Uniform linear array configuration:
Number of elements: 24
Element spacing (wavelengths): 0.25
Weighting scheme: exponential
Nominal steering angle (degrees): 15
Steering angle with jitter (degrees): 14.293
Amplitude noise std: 0.05
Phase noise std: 0.05

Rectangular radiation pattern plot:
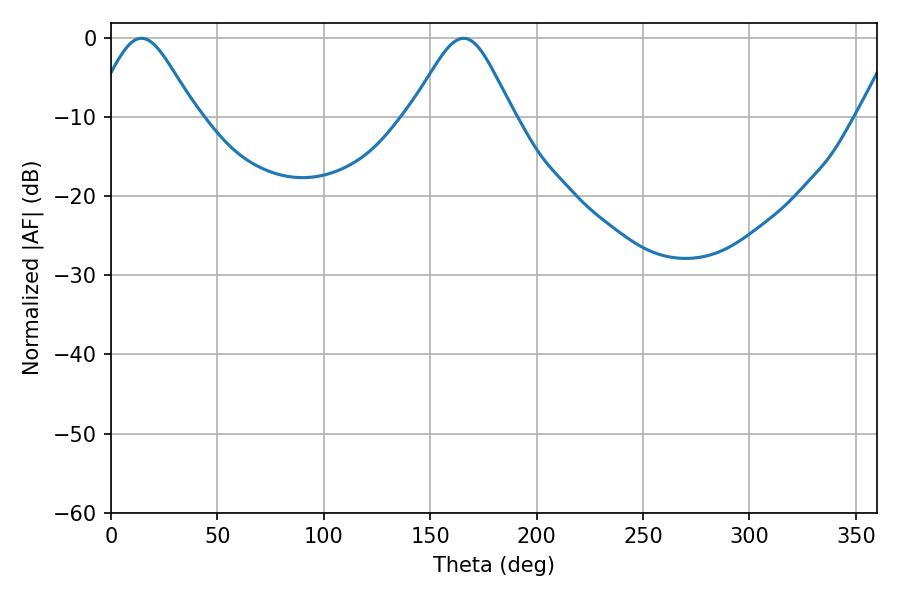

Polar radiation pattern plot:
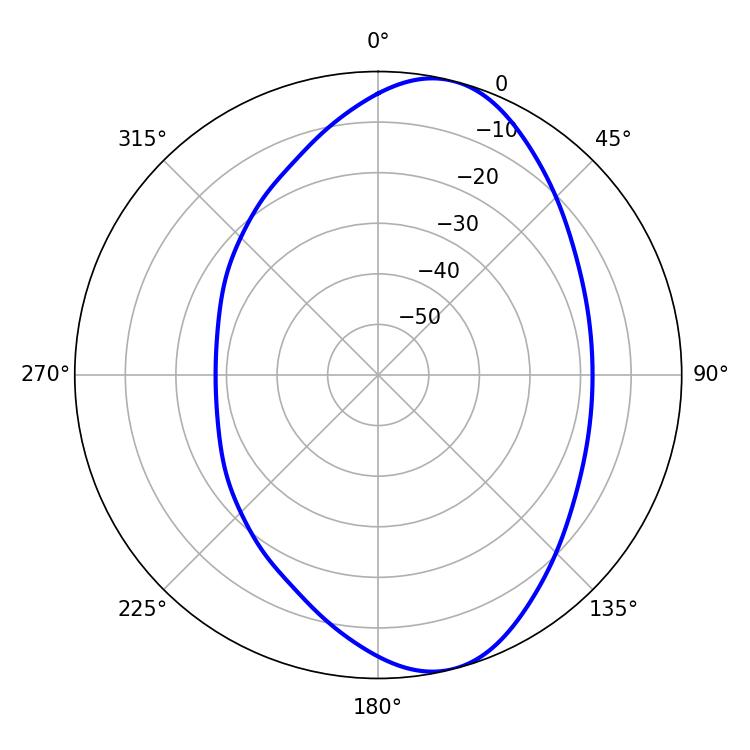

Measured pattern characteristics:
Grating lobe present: FALSE
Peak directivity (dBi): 8.623
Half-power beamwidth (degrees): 23.76
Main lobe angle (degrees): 14.4